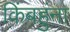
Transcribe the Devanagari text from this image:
किंबहुंना